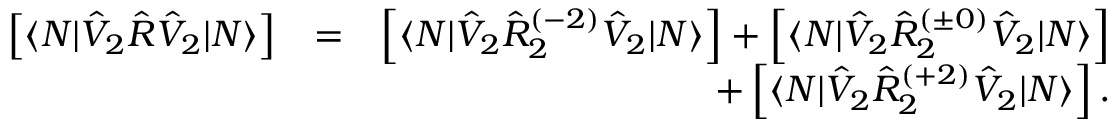
\begin{array} { r l r } { \left[ \langle N | \hat { V } _ { 2 } \hat { R } \hat { V } _ { 2 } | N \rangle \right] } & { = } & { \left[ \langle N | \hat { V } _ { 2 } \hat { R } _ { 2 } ^ { ( - 2 ) } \hat { V } _ { 2 } | N \rangle \right] + \left[ \langle N | \hat { V } _ { 2 } \hat { R } _ { 2 } ^ { ( \pm 0 ) } \hat { V } _ { 2 } | N \rangle \right] } \\ & { } & { + \left[ \langle N | \hat { V } _ { 2 } \hat { R } _ { 2 } ^ { ( + 2 ) } \hat { V } _ { 2 } | N \rangle \right] . } \end{array}